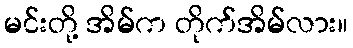
မင်းတို့ အိမ်က တိုက်အိမ်လား။